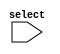
module case_statement_example(
    input [1:0] select
);

initial begin
    case(select)
        2'b00: begin
            // Code to execute when select is 00
        end
        2'b01: begin
            // Code to execute when select is 01
        end
        2'b10: begin
            // Code to execute when select is 10
        end
        2'b11: begin
            // Code to execute when select is 11
        end
        default: begin
            // Code to execute when select is none of the defined cases
        end
    endcase
end
endmodule